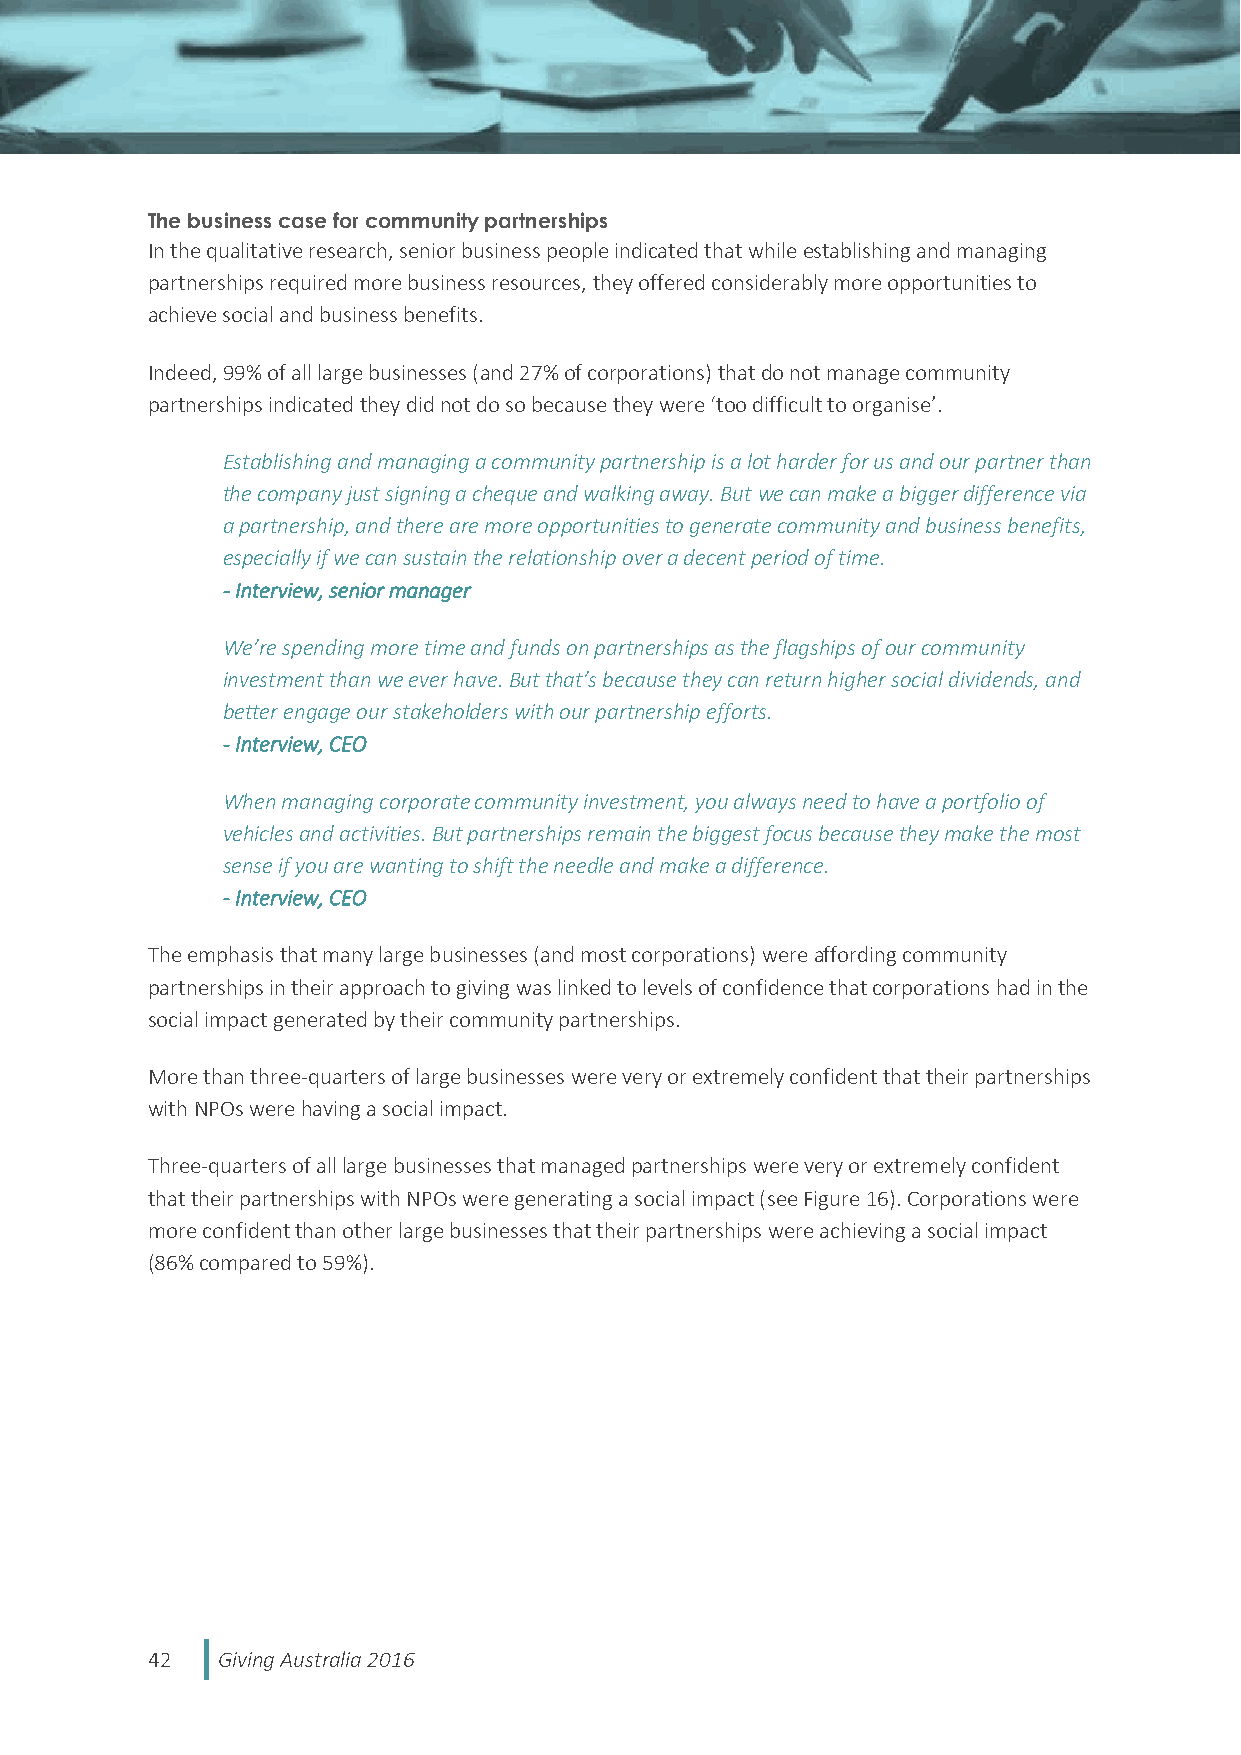
The business case for community partnerships
 In the qualitative research, senior business people indicated that while establishing and managing
 partnerships required more business resources, they offered considerably more opportunities to
 achieve social and business benefits.
 Indeed, 99% of all large businesses (and 27% of corporations) that do not manage community
 partnerships indicated they did not do so because they were ‘too difficult to organise’.
 Establishing and managing a community partnership is a lot harder for us and our partner than
 the company just signing a cheque and walking away. But we can make a bigger difference via
 a partnership, and there are more opportunities to generate community and business benefits,
 especially if we can sustain the relationship over a decent period of time.
 - Interview, senior manager
 We’re spending more time and funds on partnerships as the flagships of our community
 investment than we ever have. But that’s because they can return higher social dividends, and
 better engage our stakeholders with our partnership efforts.
 - Interview, CEO
 When managing corporate community investment, you always need to have a portfolio of
 vehicles and activities. But partnerships remain the biggest focus because they make the most
 sense if you are wanting to shift the needle and make a difference.
 - Interview, CEO
 The emphasis that many large businesses (and most corporations) were affording community
 partnerships in their approach to giving was linked to levels of confidence that corporations had in the
 social impact generated by their community partnerships.
 More than three-quarters of large businesses were very or extremely confident that their partnerships
 with NPOs were having a social impact.
 Three-quarters of all large businesses that managed partnerships were very or extremely confident
 that their partnerships with NPOs were generating a social impact (see Figure 16). Corporations were
 more confident than other large businesses that their partnerships were achieving a social impact
 (86% compared to 59%).
 42  Giving Australia 2016